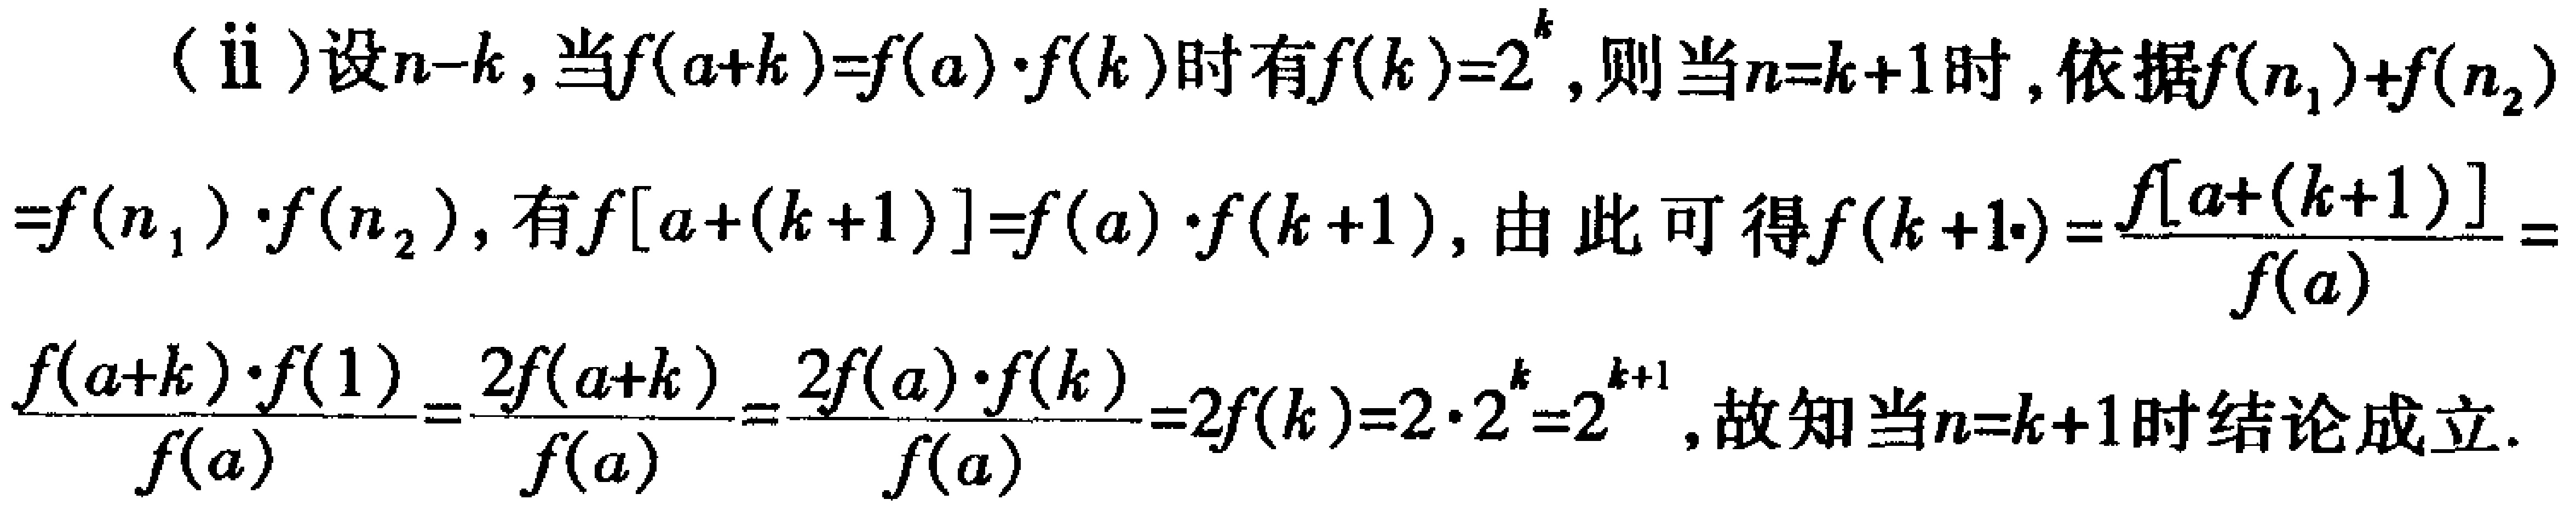
(ii)设\(n = k\)，当\(f(a + k)=f(a)\cdot f(k)\)时有\(f(k)=2^{k}\)，则当\(n = k + 1\)时，依据\(f(n_1)+f(n_2)\)
\(=f(n_1)\cdot f(n_2)\)，有\(f[a+(k + 1)]=f(a)\cdot f(k + 1)\)，由此可得\(f(k + 1)=\frac{f[a+(k + 1)]}{f(a)}=\)
\(\frac{f(a + k)\cdot f(1)}{f(a)}=\frac{2f(a + k)}{f(a)}=\frac{2f(a)\cdot f(k)}{f(a)}=2f(k)=2\cdot2^{k}=2^{k + 1}\)，故知当\(n = k + 1\)时结论成立。